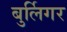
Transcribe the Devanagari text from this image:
बुर्लिगर